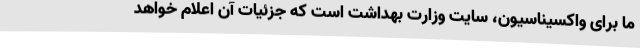
ما برای واکسیناسیون، سایت وزارت بهداشت است که جزئیات آن اعلام خواهد